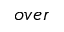
o v e r